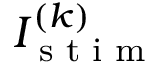
I _ { \textrm { s t i m } } ^ { ( k ) }